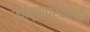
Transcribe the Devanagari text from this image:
खांद्यापर्यंतची